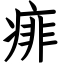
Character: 痱